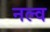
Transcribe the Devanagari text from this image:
नल्व